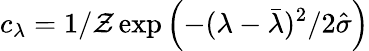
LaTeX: c_{\lambda}=1/\mathcal{Z}\exp\left({-(\lambda-\bar{\lambda})^{2}/{2\hat{\sigma}}}\right)